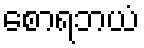
စောရဘယံ